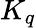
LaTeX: K_{q}